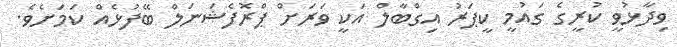
ވިދާޅުވީ ކުރީގެ ގައުމީ ކީޕަރު އިގްބާލް އަކީ ވަރަށް ޕްރޮފެޝަނަލް ބޭފުޅެއް ކަމަށެވެ.